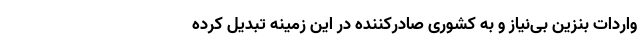
واردات بنزین بی‌نیاز و به کشوری صادرکننده در این زمینه تبدیل کرده